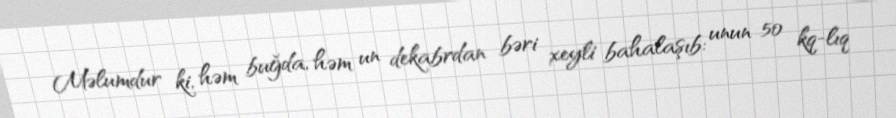
Məlumdur ki, həm buğda, həm un dekabrdan bəri xeyli bahalaşıb: unun 50 kq-lıq